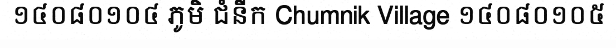
១៤០៨០១០៤ ភូមិ ជំនីក Chumnik Village ១៤០៨០១០៥